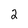
Character: 2